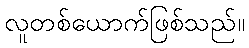
လူတစ်ယောက်ဖြစ်သည်။